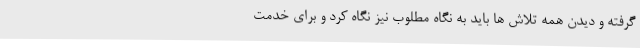
گرفته و دیدن همه تلاش ها باید به نگاه مطلوب نیز نگاه کرد و برای خدمت